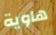
هاوية